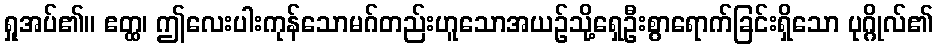
ရှုအပ်၏။ ဧတ္ထ၊ ဤလေးပါးကုန်သောမဂ်တည်းဟူသောအယဉ်သို့ရှေဦးစွာရောက်ခြင်းရှိသော ပုဂ္ဂိုလ်၏